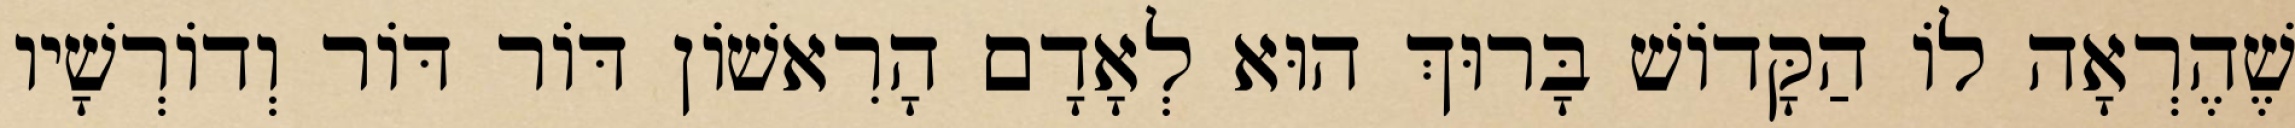
שֶׁהֶרְאָה לוֹ הַקָּדוֹשׁ בָּרוּךְ הוּא לְאָדָם הָרִאשׁוֹן דּוֹר דּוֹר וְדוֹרְשָׁיו